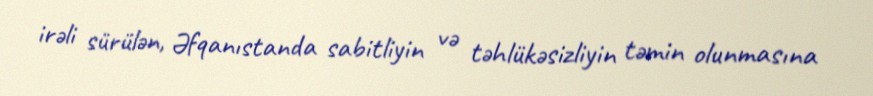
irəli sürülən, Əfqanıstanda sabitliyin və təhlükəsizliyin təmin olunmasına